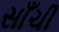
સાઁચી